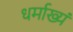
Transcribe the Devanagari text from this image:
धर्माख्यं